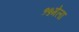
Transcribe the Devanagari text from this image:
१५मेला